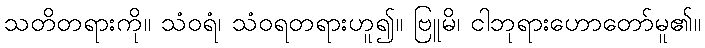
သတိတရားကို။ သံဝရံ၊ သံဝရတရားဟူ၍။ ဗြူမိ၊ ငါဘုရားဟောတော်မူ၏။